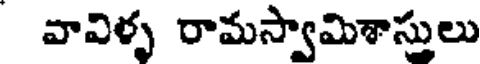
వావిళ్ళ రామస్వామిశాస్తులు